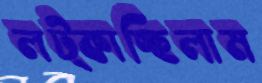
লট্‌কাচ্ছিলাম